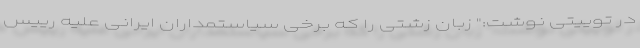
در توییتی نوشت:" زبان زشتی را که برخی سیاستمداران ایرانی علیه رییس